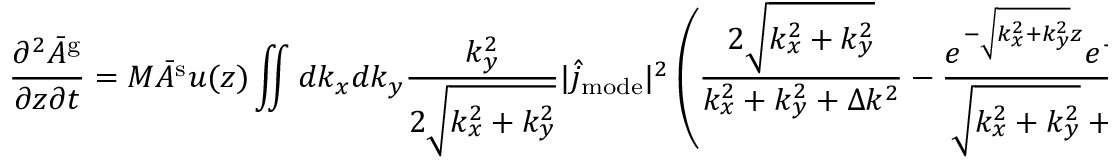
\frac { \partial ^ { 2 } \bar { A } ^ { \mathrm { g } } } { \partial z \partial t } = M \bar { A } ^ { \mathrm { s } } u ( z ) \iint d k _ { x } d k _ { y } \frac { k _ { y } ^ { 2 } } { 2 \sqrt { k _ { x } ^ { 2 } + k _ { y } ^ { 2 } } } | \hat { j } _ { \mathrm { m o d e } } | ^ { 2 } \left( \frac { 2 \sqrt { k _ { x } ^ { 2 } + k _ { y } ^ { 2 } } } { k _ { x } ^ { 2 } + k _ { y } ^ { 2 } + \Delta k ^ { 2 } } - \frac { e ^ { - \sqrt { k _ { x } ^ { 2 } + k _ { y } ^ { 2 } } z } e ^ { - i \Delta k z } } { \sqrt { k _ { x } ^ { 2 } + k _ { y } ^ { 2 } } + i \Delta k } \right)